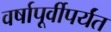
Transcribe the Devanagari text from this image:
वर्षापूर्वीपर्यंत